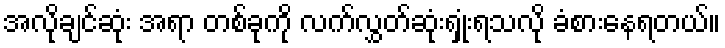
အလိုချင်ဆုံး အရာ တစ်ခုကို လက်လွှတ်ဆုံးရှုံးရသလို ခံစားနေရတယ်။